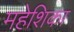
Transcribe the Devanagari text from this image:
महेशिका